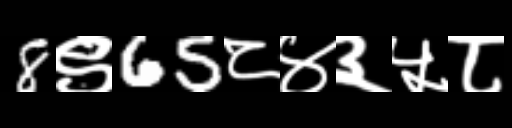
Text: 8९65८४३५८